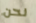
نحن